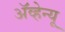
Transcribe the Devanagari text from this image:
अॅव्हेन्यू